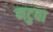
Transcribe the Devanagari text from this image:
नटुवा